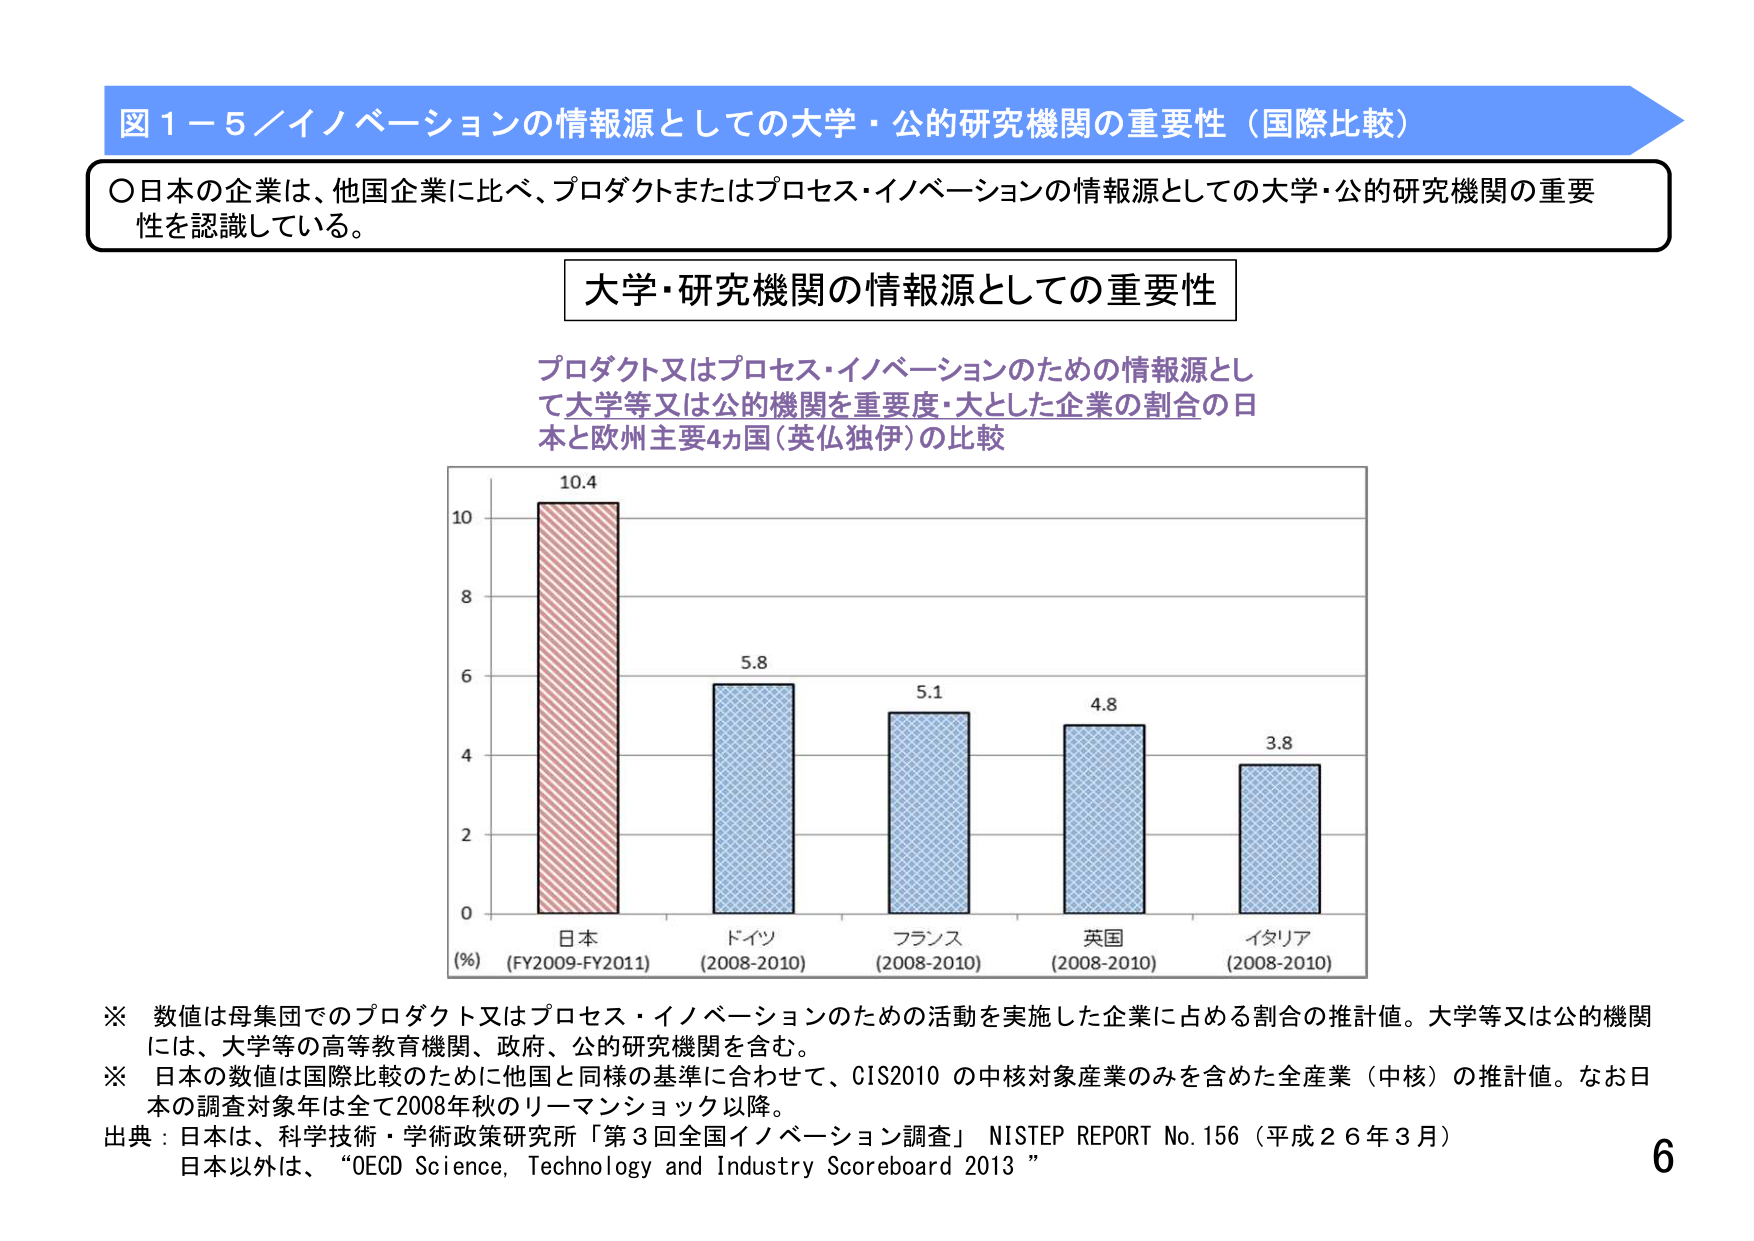
図１－５／イノベーションの情報源としての大学・公的研究機関の重要性（国際比較）

○日本の企業は、他国企業に比べ、プロダクトまたはプロセス・イノベーションの情報源としての大学・公的研究機関の重要性を認識している。

大学・研究機関の情報源としての重要性

プロダクト又はプロセス・イノベーションのための情報源として大学等又は公的機関を重要度・大とした企業の割合の日本と欧州主要4カ国（英仏独伊）の比較

10.4
10
8
6
4
2
0
(%) (FY2009-FY2011) 日本
(2008-2010) ドイツ
(2008-2010) フランス
(2008-2010) 英国
(2008-2010) イタリア

5.8
5.1
4.8
3.8

※ 数値は母集団でのプロダクト又はプロセス・イノベーションのための活動を実施した企業に占める割合の推計値。大学等又は公的機関には、大学等の高等教育機関、政府、公的研究機関を含む。
※ 日本の数値は国際比較のために他国と同様の基準に合わせて、CIS2010 の中核対象産業のみを含めた全産業（中核）の推計値。なお日本の調査対象年は全て2008年秋のリーマンショック以降。
出典：日本は、科学技術・学術政策研究所「第３回全国イノベーション調査」 NISTEP REPORT No.156（平成２６年３月）
日本以外は、“OECD Science, Technology and Industry Scoreboard 2013”

6